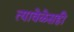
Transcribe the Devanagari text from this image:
त्यावेळेसही